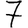
Digit: 7